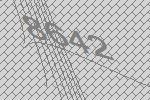
8642